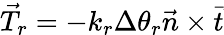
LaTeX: \vec{T}_{r}=-k_{r}\Delta\theta_{r}\vec{n}\times\vec{t}